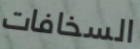
السخافات